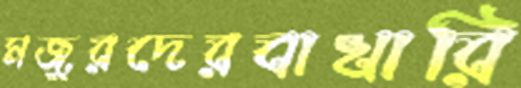
মজুরদেরবাখারি